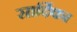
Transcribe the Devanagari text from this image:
सार्दिका